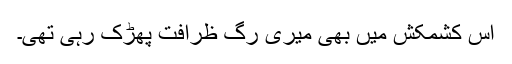
اس کشمکش میں بھی میری رگِ ظرافت پھڑک رہی تھی۔